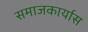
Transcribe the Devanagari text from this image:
समाजकार्यास